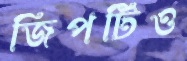
জিপটিও